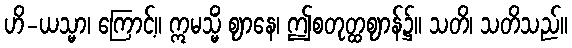
ဟိ-ယသ္မာ၊ ကြောင့်။ ဣမသ္မိံ ဈာနေ၊ ဤစတုတ္ထဈာန်၌။ သတိ၊ သတိသည်။